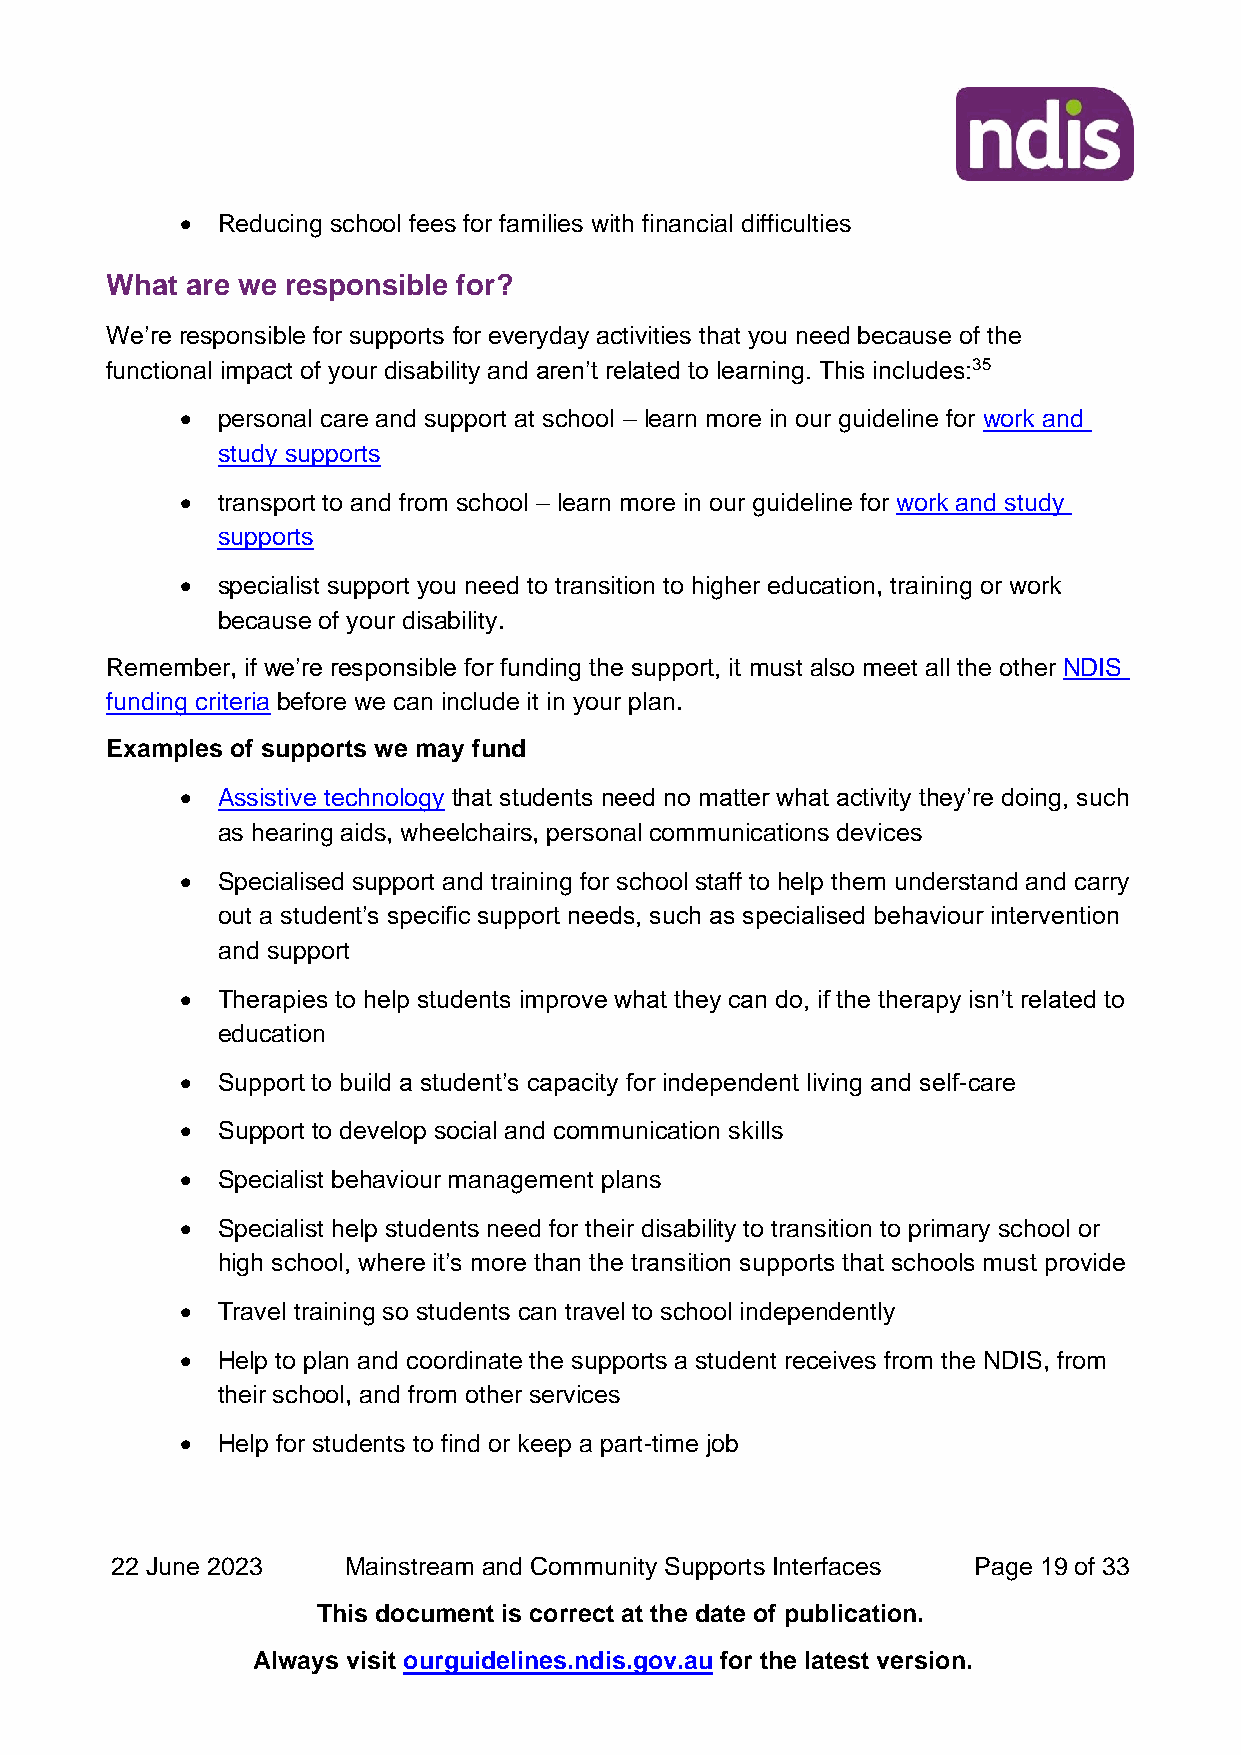
• Reducing school fees for families with financial difficulties
 What are we responsible for?
 We’re responsible for supports for everyday activities that you need because of the
 functional impact of your disability and aren’t related to learning. This includes:35
 • personal care and support at school – learn more in our guideline for work and
 study supports
 • transport to and from school – learn more in our guideline for work and study
 supports
 • specialist support you need to transition to higher education, training or work
 because of your disability.
 Remember, if we’re responsible for funding the support, it must also meet all the other NDIS
 funding criteria before we can include it in your plan.
 Examples of supports we may fund
 • Assistive technology that students need no matter what activity they’re doing, such
 as hearing aids, wheelchairs, personal communications devices
 • Specialised support and training for school staff to help them understand and carry
 out a student’s specific support needs, such as specialised behaviour intervention
 and support
 • Therapies to help students improve what they can do, if the therapy isn’t related to
 education
 • Support to build a student’s capacity for independent living and self-care
 • Support to develop social and communication skills
 • Specialist behaviour management plans
 • Specialist help students need for their disability to transition to primary school or
 high school, where it’s more than the transition supports that schools must provide
 • Travel training so students can travel to school independently
 • Help to plan and coordinate the supports a student receives from the NDIS, from
 their school, and from other services
 • Help for students to find or keep a part-time job
 22 June 2023    Mainstream and Community Supports Interfaces Page 19 of 33
 This document is correct at the date of publication.
 Always visit ourguidelines.ndis.gov.au for the latest version.